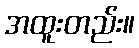
အထူးတည်း။